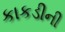
કાકડીની